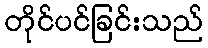
တိုင်ပင်ခြင်းသည်